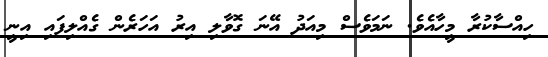
ހިއްސާކުރާ މީހާއެވެ. ނަމަވެސް މިއަދު އޭނަ ގޮވާލި އިރު އަހަރެން ގެއްލިފައި އިނީ